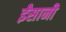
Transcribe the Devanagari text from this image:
ईंसानी